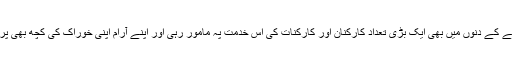
اور پھر جلسے کے دنوں میں بھی ایک بڑی تعداد کارکنان اور کارکنات کی اس خدمت پہ مامور رہی اور اپنے آرام اپنی خوراک کی کچھ بھی پرواہ نہیں کی۔